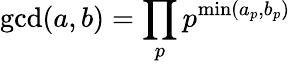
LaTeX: \operatorname*{gcd}(a,b)=\prod_{p}p^{\operatorname*{min}(a_{p},b_{p})}